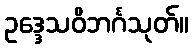
ဥဒ္ဒေသဝိဘင်္ဂသုတ်။